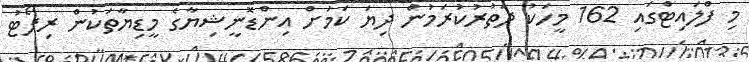
މި ފްލައިޓްގައި 162 މީހަކު ދަތުރުކުރަމުން ދިޔަ ކަމަށް އިންޑޮނީޝިޔާގެ މީޑިޔާތަކުން ރިޕޯޓު